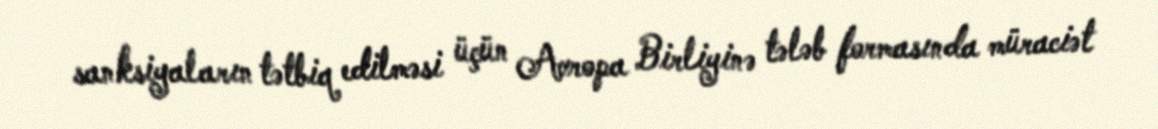
sanksiyaların tətbiq edilməsi üçün Avropa Birliyinə tələb formasında müraciət